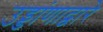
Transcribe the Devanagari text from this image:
उड्डांणाद्वारे